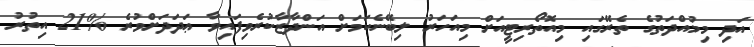
އަދި މިމުއްދަތުގެ ތެރޭގައި މިއޮތޯރިޓީއަށް މިއަހަރު ލިބޭނެކަމަށް އަންދާޒާކުރެވިފައިވާ ޢަދަދަށްވުރެ %21 އިތުރު